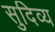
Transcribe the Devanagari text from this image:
सुदिव्य